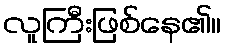
လူကြီးဖြစ်နေ၏။